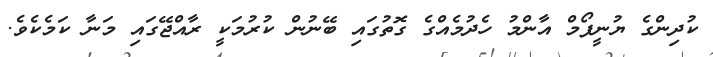
ކުދިންގެ ޔުނީފޯމް އާންމު ހެދުމެއްގެ ގޮތުގައި ބޭނުން ކުރުމަކީ ރާއްޖޭގައި މަނާ ކަމެކެވެ.